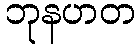
ဘုနဟတ